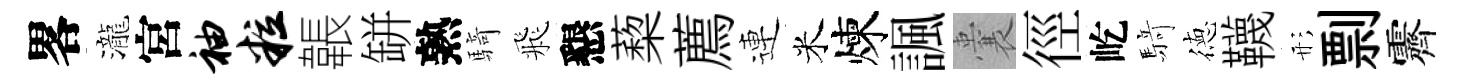
畧瀧宮袖粒韔缾熟騎飛懇蔾薦連米煉諷囊徑屹𮪍徳韈形剽霽